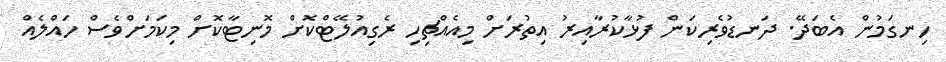
ހިނގަމުން އެބަދޭ. ދަނޑުވެރިކަން ފުޅާކުރާއިރު އިތުރަށް މިއެއްޗިހި ރެގިިއުލޭޓްކޮށް މޮނިޓާކޮށް މިކަމަށްވެސް ހައްލެއް